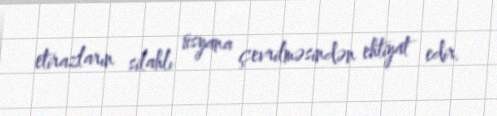
etirazların silahlı üsyana çevrilməsindən ehtiyat edir.